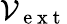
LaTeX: \mathcal{V}_{\mathrm{~e~x~t~}}